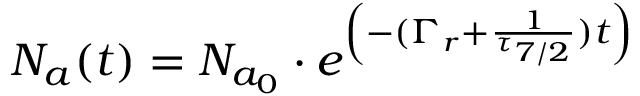
N _ { a } ( t ) = N _ { a _ { 0 } } \cdot e ^ { \left( { - ( \Gamma _ { r } + { \frac { 1 } { \tau _ { 7 / 2 } } } ) t } \right) }